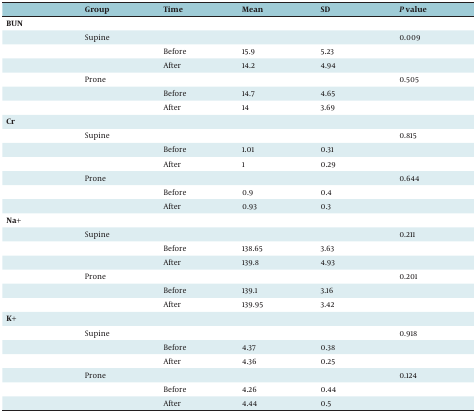
<table><thead><tr><td></td><td><b>Group</b></td><td><b>Time</b></td><td><b>Mean</b></td><td><b>SD</b></td><td><b>P value</b></td></tr></thead><tbody><tr><td><b>BUN</b></td><td></td><td></td><td></td><td></td><td></td></tr><tr><td></td><td>Supine</td><td></td><td></td><td></td><td>0.009</td></tr><tr><td></td><td></td><td>Before</td><td>15.9</td><td>5.23</td><td></td></tr><tr><td></td><td></td><td>After</td><td>14.2</td><td>4.94</td><td></td></tr><tr><td></td><td>Prone</td><td></td><td></td><td></td><td>0.505</td></tr><tr><td></td><td></td><td>Before</td><td>14.7</td><td>4.65</td><td></td></tr><tr><td></td><td></td><td>After</td><td>14</td><td>3.69</td><td></td></tr><tr><td><b>Cr</b></td><td></td><td></td><td></td><td></td><td></td></tr><tr><td></td><td>Supine</td><td></td><td></td><td></td><td>0.815</td></tr><tr><td></td><td></td><td>Before</td><td>1.01</td><td>0.31</td><td></td></tr><tr><td></td><td></td><td>After</td><td>1</td><td>0.29</td><td></td></tr><tr><td></td><td>Prone</td><td></td><td></td><td></td><td>0.644</td></tr><tr><td></td><td></td><td>Before</td><td>0.9</td><td>0.4</td><td></td></tr><tr><td></td><td></td><td>After</td><td>0.93</td><td>0.3</td><td></td></tr><tr><td><b>Na+</b></td><td></td><td></td><td></td><td></td><td></td></tr><tr><td></td><td>Supine</td><td></td><td></td><td></td><td>0.211</td></tr><tr><td></td><td></td><td>Before</td><td>138.65</td><td>3.63</td><td></td></tr><tr><td></td><td></td><td>After</td><td>139.8</td><td>4.93</td><td></td></tr><tr><td></td><td>Prone</td><td></td><td></td><td></td><td>0.201</td></tr><tr><td></td><td></td><td>Before</td><td>139.1</td><td>3.16</td><td></td></tr><tr><td></td><td></td><td>After</td><td>139.95</td><td>3.42</td><td></td></tr><tr><td><b>K+</b></td><td></td><td></td><td></td><td></td><td></td></tr><tr><td></td><td>Supine</td><td></td><td></td><td></td><td>0.918</td></tr><tr><td></td><td></td><td>Before</td><td>4.37</td><td>0.38</td><td></td></tr><tr><td></td><td></td><td>After</td><td>4.36</td><td>0.25</td><td></td></tr><tr><td></td><td>Prone</td><td></td><td></td><td></td><td>0.124</td></tr><tr><td></td><td></td><td>Before</td><td>4.26</td><td>0.44</td><td></td></tr><tr><td></td><td></td><td>After</td><td>4.44</td><td>0.5</td><td></td></tr></tbody></table>